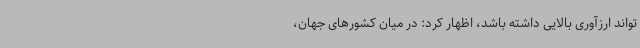
‌تواند ارزآوری بالایی داشته باشد، اظهار کرد: در میان کشورهای جهان،